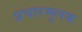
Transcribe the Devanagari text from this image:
प्रचारमूलक